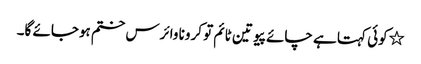
٭کوئی کہتا ہے چائے پیو تین ٹائم تو کرونا وائرس ختم ہوجائے گا۔